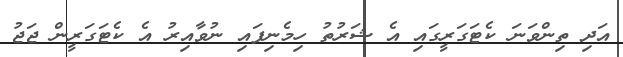
އަދި ތިންވަނަ ކެޓަގަރީގައި އެ ޝަރުތު ހިމެނިފައި ނުވާއިރު އެ ކެޓަގަރީން ޖަޖު